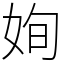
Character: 姰